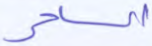
الساحر